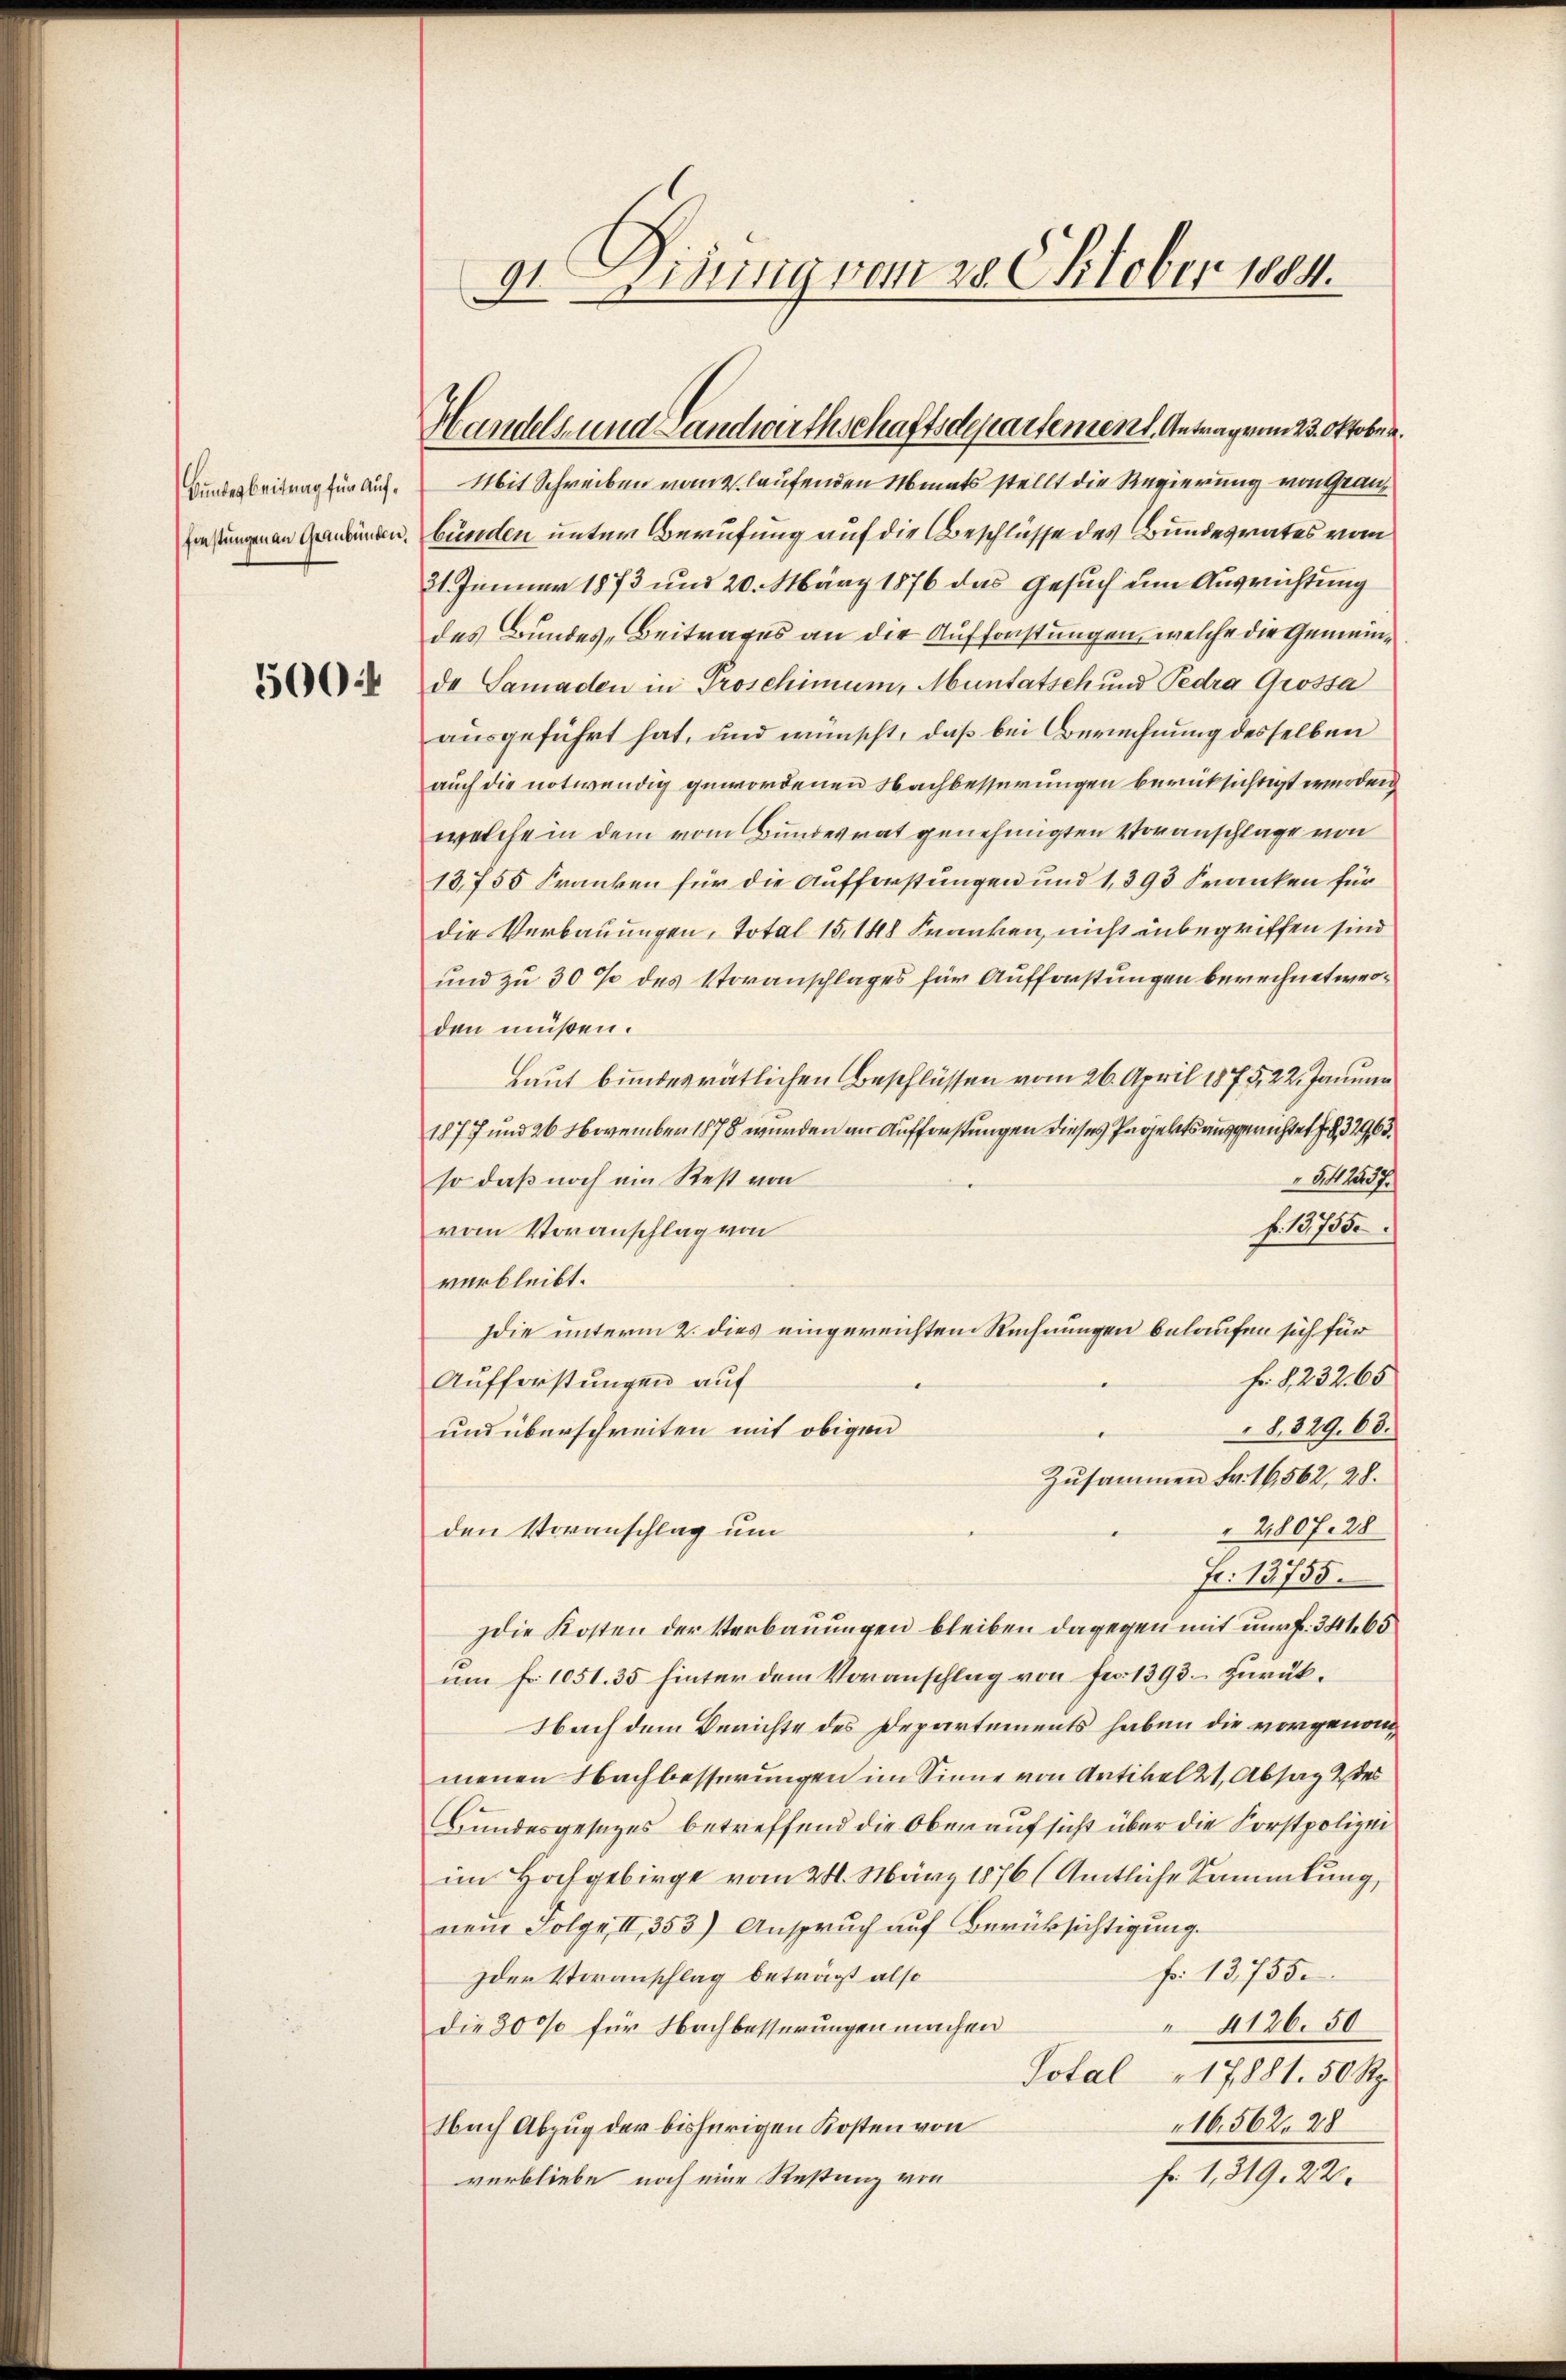
Bundesbeitrag für Auffinstungen an Graubünden,
500:

91. Disung vom 28. Oktober 1884.

Handels und Landwirthschaftsdepartement. Antragen 23. Oktober.

Mit Schreiben von 2 laufenden Monats stellt die Regierung von Grau
bünden unter Berufung auf die Beschlüsse des Bundesrates vom
21. Januar 1873 und 20. März 1876 das Gesuch um Ausrichtung
des Bundes-Beitrages an die Aufforstungen, welche die Gemeinde Samaden in Proschimum, Muntatsch und Pedra Grossa
ausgeführt hat, und wünscht, daß bei Berechnung desselben
auch die notwendig gewordenen Nachbesserungen berücksichtigt werden
welche in dem vom Bundesrat genehmigten Voranschlage von
13,755 Franken für die Aufforstungen und 1, 393 Kranken für
die Verbauungen, Total 15, 148 Franken, nicht unbegriffen sind
und zu 30 % des Voranschlages für Aufforstungen berechnet werden müßen.
Laut bundesrätlichen Beschlüssen vom 26. April 1875, 22. Januar
1877 und 26 November 1878 wurden an Aufforstungen dieses Projekts ausgerichtet fo § 37963.
5,42237.
so daß noch ein Rest von
fr. 13755
vom Voranschlag von
verbleibt.
die unterm 2. dies eingereichten Rechnungen belaufen sich für
f. § 232. 65
Aufforstungen auf
8. 329. 68.
und überschreiten mit obigen
Zusammen Fr. 16,562, 28.
2807. 28
den Voranschlag um
Fr. 13755
Die Kosten der Verbauungen bleiben dagegen mit nur f. 341 65
am fr. 1051. 35 hinter dem Voranschlag von Fr. 1393. zurück¬
Nach dem Berichte des Departements haben die vorgenommenen Nachbesserungen im Sinne von Artikel 21, Absag 2 des
Bundesgesezes betreffend die Oben aufsicht über die Forstpolizei
im Hochgebirge vom 24. März 1876 (Amtliche Sammlung,
nem Folge II 353) Anspruch auf Berücksichtigung.
fr. 13755
Ider Voranschlag beträgt also
4126. 50
die 3000 für Nachbesserungen machen
Total 17881. 50 Rp.
16,562. 28
Nach Abzug der bisherigen Kosten von
fr. 1,319. 22.
verbliebe noch eine Restung von